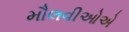
મૌલવીઓએ